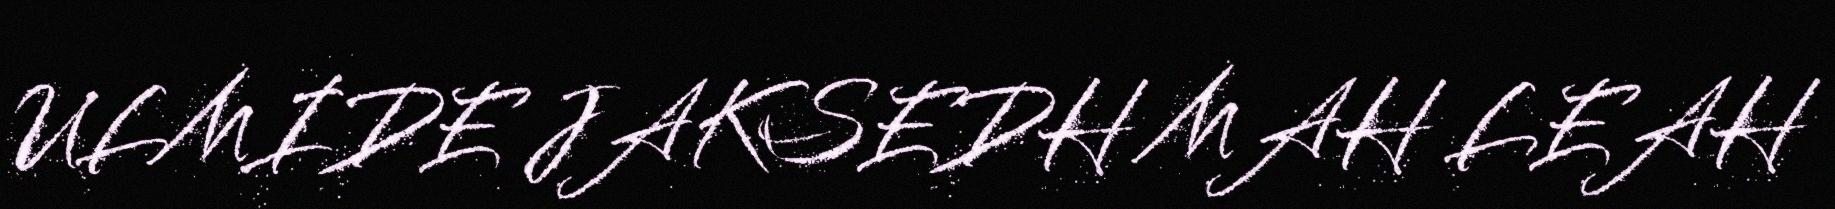
ULMIDE JAKSEDH MAH LEAH